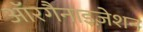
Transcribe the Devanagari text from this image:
ऑरगैनाइज़ेशन